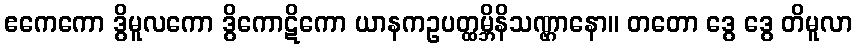
ဧကေကော ဒွိမူလကော ဒွိကောဋိကော ယာနကဥပတ္ထမ္ဘိနိသဏ္ဌာနော။ တတော ဒွေ ဒွေ တိမူလာ